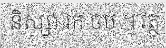
និស្សា រក ចប់ ។ វត្ថុ